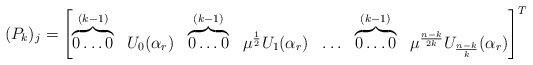
\begin{align*}(P_k)_j=\begin{bmatrix}\overbrace{0 \ldots 0}^{(k-1)} & U_0(\alpha_r) & \overbrace{0 \ldots 0}^{(k-1)} & \mu^{\frac{1}{2}} U_1(\alpha_r) & \ldots & \overbrace{0 \ldots 0}^{(k-1)} & \mu^{\frac{n-k}{2k}} U_{\frac{n-k}{k}}(\alpha_r)\end{bmatrix}^{T} \end{align*}